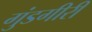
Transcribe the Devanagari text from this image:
गुंडगीरी